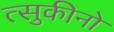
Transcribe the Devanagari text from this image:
त्सुकीनो